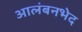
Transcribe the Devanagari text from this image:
आलंबनभेद